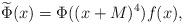
LaTeX: \begin{align*}\widetilde{\Phi}(x)=\Phi((x+M)^4)f(x),\end{align*}